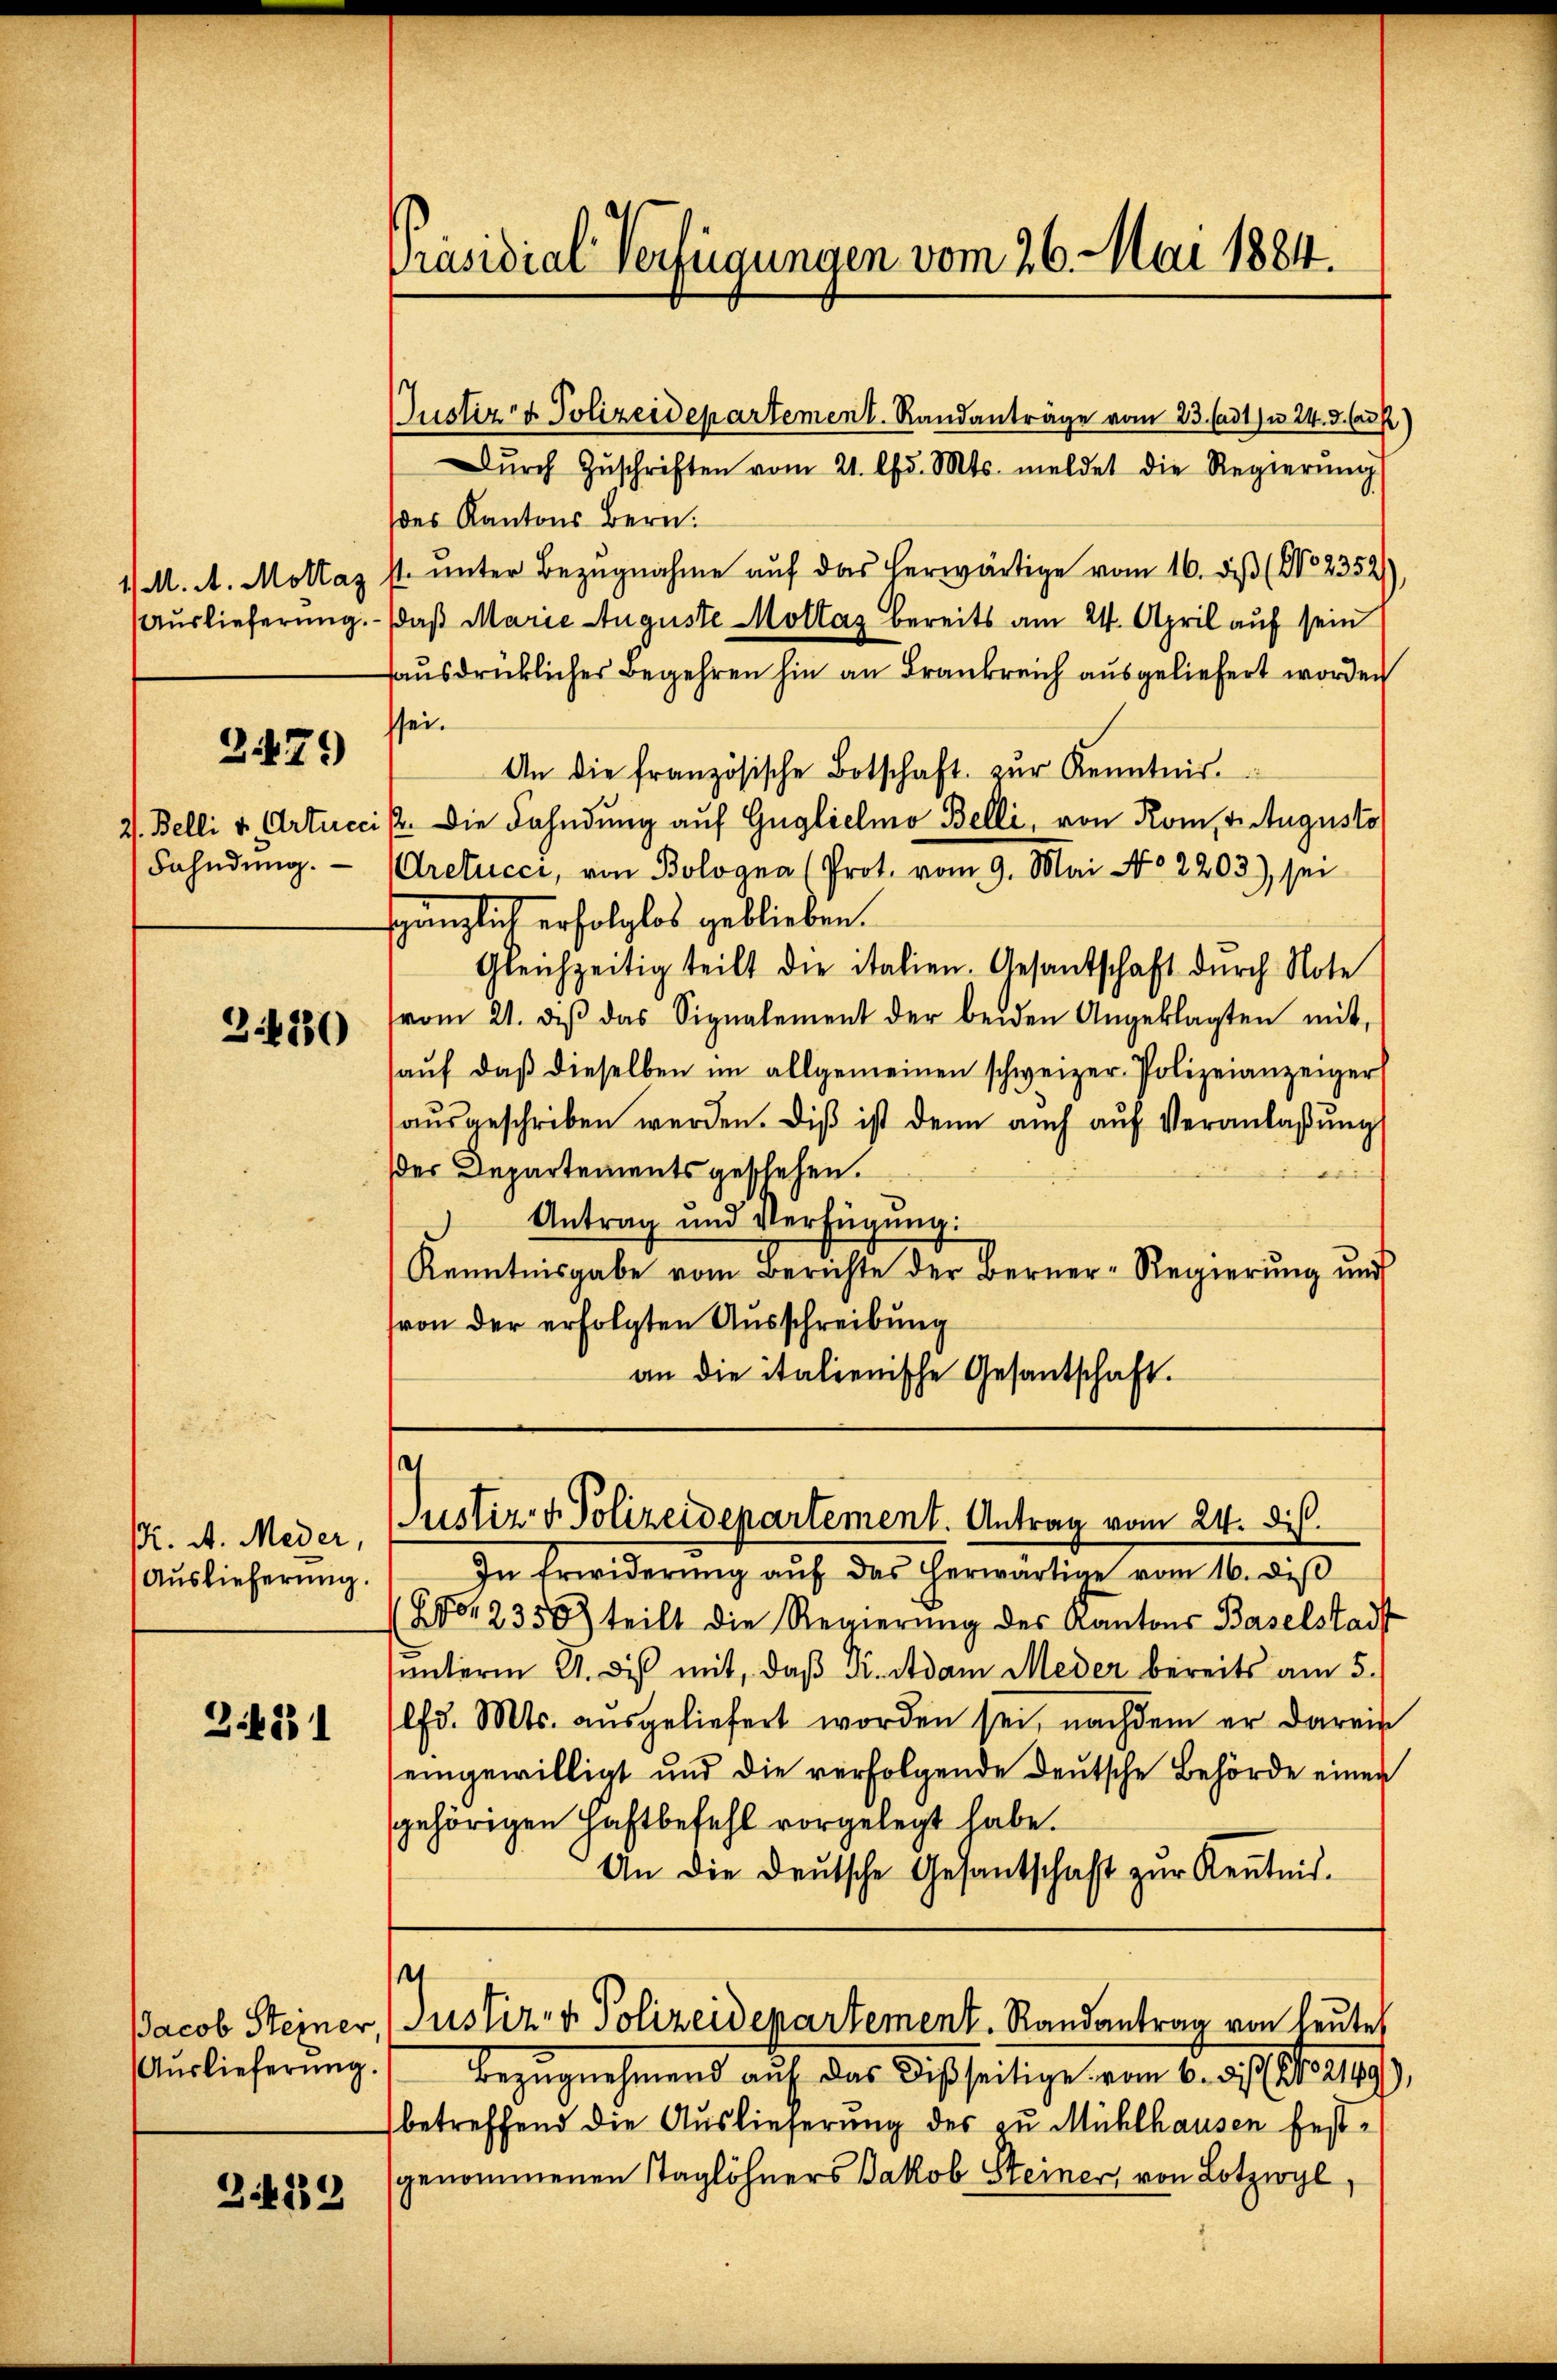
2479

Fahndung.

3420

Pr. A. Meder,
Auslieferung.

Z.4831

Jacob Steiner,
Auslieferung.

249

Justiz- & Polizeidepartement. Randanträge vom 23. (ad1) u. 24. d. Ca
Dŭrch Zŭschriften vom 21. d. Mts. meldet die Regierŭng
(des Kantons Bern.
1/ M. A. Mottas st. unter Bezugnahme auf das herwärtige vom 16. dieß (No 2352)
Aŭslieferŭng. daβ Marie Auguste Mottaz bereits am 24. April auf sein
ausdrückliches Begehren hin an Frankreich ausgeliefert worden
ssei¬
An die französische Botschaft zŭr Kenntnis.
2. Belli v. Articis. Die Fahndung auf Guglichmo Belli, von Rom, 2. Augusto
Aretucer, von Bologna (Prot. vom 9. Mai No 2203) sei
sgänglich erfolglos geblieben.
Gleichzeitig teilt die italien. Gesantschaft dŭrch Note
vom 21. dβ das Signalement der beiden Angeklagten mit
aŭf, daβ dieselben im allgemeinen schweizer Polizeianzeiger
aŭsgeschriben werden. diβ ist denn auch aŭf Veranlaβŭng
der Departements geschehen.
Antrag und Verfügŭng:
Kenntnisgabe vom Berichte der Berner-Regierŭng und
von der erfolgten Ausschreibung
an die italienische Gesantschaft.

Präsidial-Verfügungen vom 26. Mai 1884.

e
Justiz- & Polizeidepartement. Antrag vom 24. di

In Erwiderŭng aŭf das herwärtige vom 16. diβ
9,2350 teilt die Regierŭng des Kantons Baselstadt
unterm 21. dis mit, daß Dr. Adam Meder bereits am 5.
lfd. Mts. ausgeliefert worden sei, nachdem er darein
eingewilligt und die verfolgende Deutsche Behörde einen
gehörigen Haftbefehl vorgelegt habe.
An die deŭtsche Gesantschaft zŭr Keṅtnis.
¬
Justiz- & Polizeidepartement. Randantrag von heutet
Bezugnehmend auf das Disseitige vom 6. d. 121. 2149),
betreffend die Auslieferung des zu Mühlhausen festgenommenen Taglöhners Jakob Steiner, von Lotzwyl,